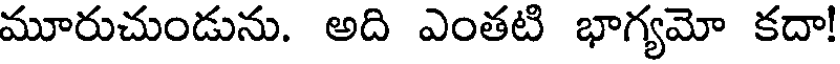
మూరుచుండును. అది ఎంతటి భాగ్యమో కదా!